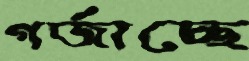
গর্‌জাচ্ছে